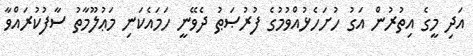
އަދި މީގެ އިތުރުން އަގު ހުށަހެޅުއްވުމުގެ ފުރުޞަޠު ދެވޭނީ ހަމައެކަނި މަޢުލޫމާތު ސާފުކުރައްވާ